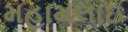
મહામલાઇ